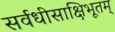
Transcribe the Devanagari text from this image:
सर्वधीसाक्षिभूतम्